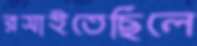
রসাইতেছিলে